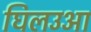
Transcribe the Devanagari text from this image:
घिलउआ